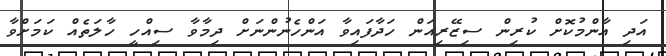
އަދި އާންމުކޮށް ކުރިން ސިޒޭރިއަން ހަދާފައިވާ އަންހެނުންނަށް ދިމާވާ ސިއްހީ ހާލަތެއް ކަމަށްވާ